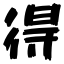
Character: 得